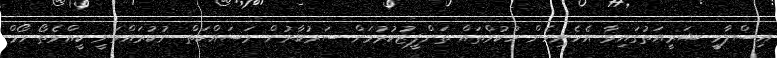
އިސްލާމީ ޝަރީއަތުގައިވާ އެހެނިހެން ހުކުމްތައް ތަންފީޒުކުރުމަށް ސަރުކާރުން މަސައްކަތް ނުކުރައްވަނީ ކީއްވެތޯ ހޯމް